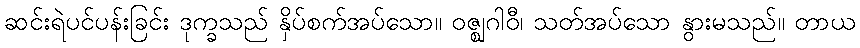
ဆင်းရဲပင်ပန်းခြင်း ဒုက္ခသည် နှိပ်စက်အပ်သော။ ဝဇ္ဈဂါဝီ၊ သတ်အပ်သော နွားမသည်။ တာယ